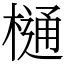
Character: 樋